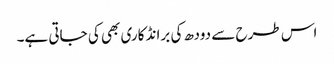
اس طرح سے دودھ کی برانڈ کاری بھی کی جاتی ہے۔